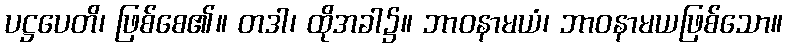
ပဋ္ဌပေတိ၊ ဖြစ်စေ၏။ တဒါ၊ ထိုအခါ၌။ ဘာဝနာမယံ၊ ဘာဝနာမယဖြစ်သော။